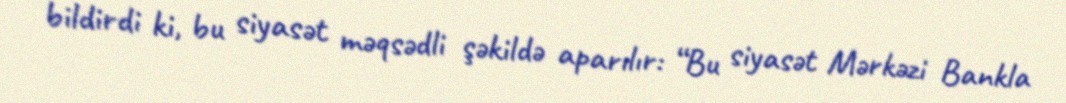
bildirdi ki, bu siyasət məqsədli şəkildə aparılır: “Bu siyasət Mərkəzi Bankla